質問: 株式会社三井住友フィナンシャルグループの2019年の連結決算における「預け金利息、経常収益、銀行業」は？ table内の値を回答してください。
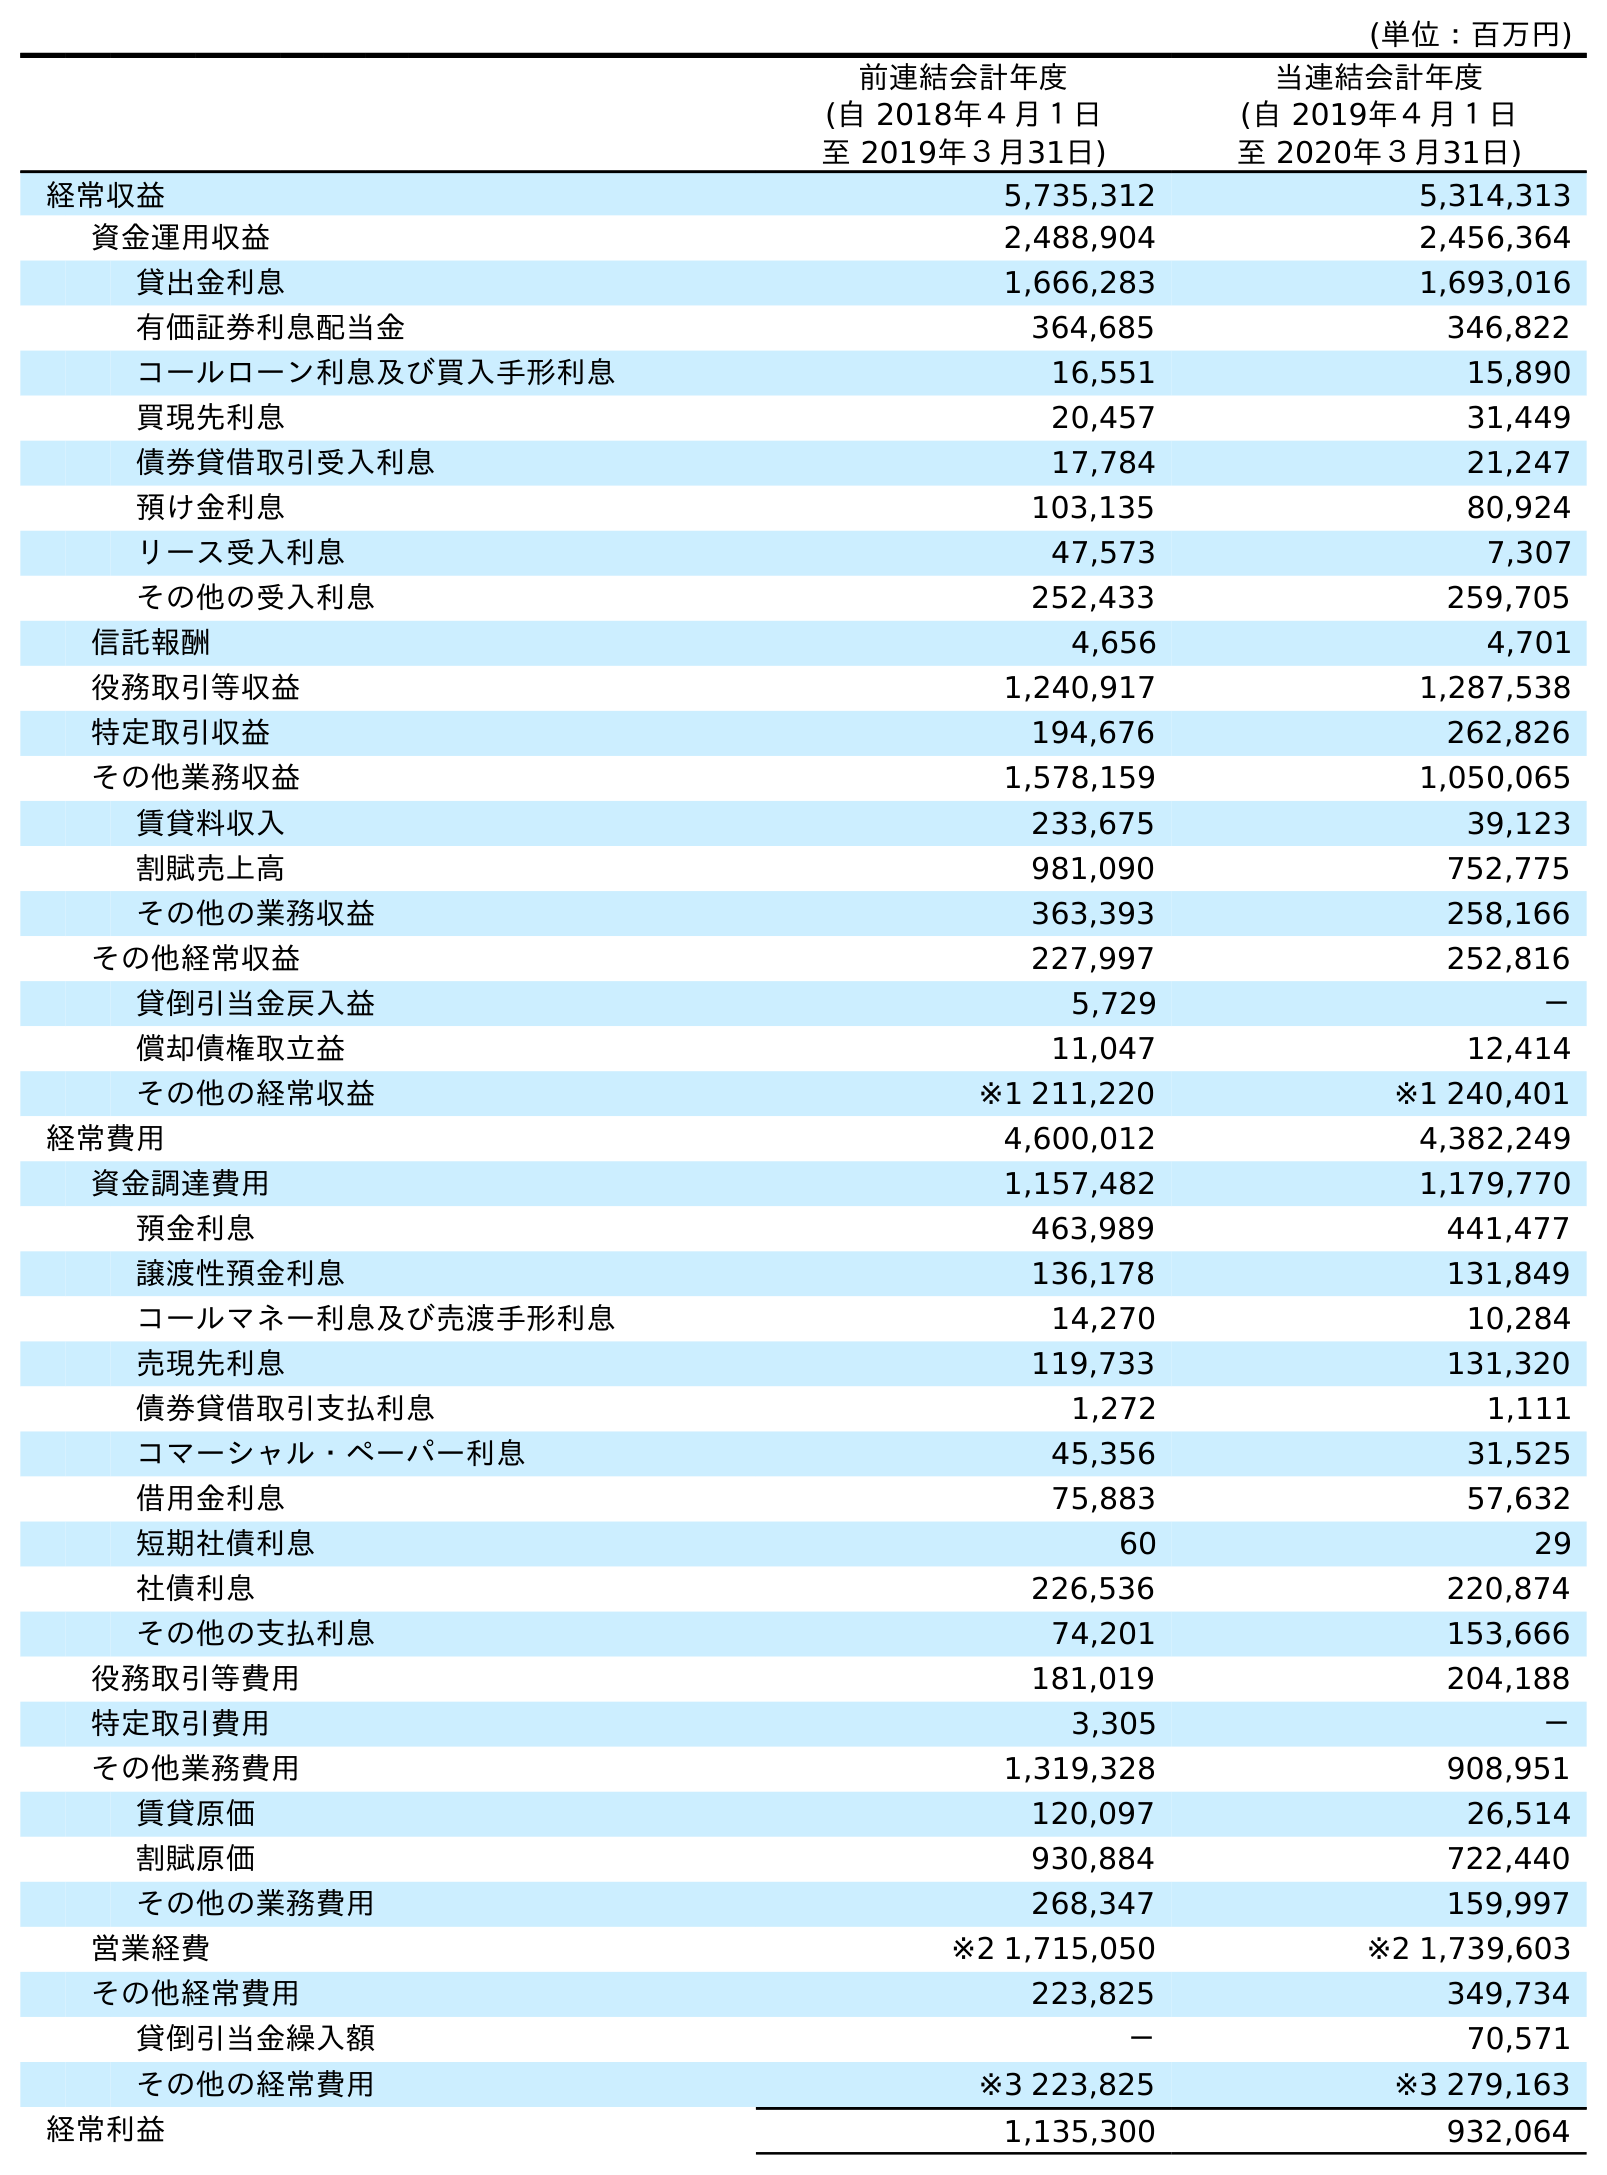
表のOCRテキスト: (単位：百万円) 前連結会計年度 (自 2018年４月１日 至 2019年３月31日) 当連結会計年度 (自 2019年４月１日 至 2020年３月31日) 経常収益 5,735,312 5,314,313 資金運用収益 2,488,904 2,456,364 貸出金利息 1,666,283 1,693,016 有価証券利息配当金 364,685 346,822 コールローン利息及び買入手形利息 16,551 15,890 買現先利息 20,457 31,449 債券貸借取引受入利息 17,784 21,247 預け金利息 103,135 80,924 リース受入利息 47,573 7,307 その他の受入利息 252,433 259,705 信託報酬 4,656 4,701 役務取引等収益 1,240,917 1,287,538 特定取引収益 194,676 262,826 その他業務収益 1,578,159 1,050,065 賃貸料収入 233,675 39,123 割賦売上高 981,090 752,775 その他の業務収益 363,393 258,166 その他経常収益 227,997 252,816 貸倒引当金戻入益 5,729 － 償却債権取立益 11,047 12,414 その他の経常収益 ※1 211,220 ※1 240,401 経常費用 4,600,012 4,382,249 資金調達費用 1,157,482 1,179,770 預金利息 463,989 441,477 譲渡性預金利息 136,178 131,849 コールマネー利息及び売渡手形利息 14,270 10,284 売現先利息 119,733 131,320 債券貸借取引支払利息 1,272 1,111 コマーシャル・ペーパー利息 45,356 31,525 借用金利息 75,883 57,632 短期社債利息 60 29 社債利息 226,536 220,874 その他の支払利息 74,201 153,666 役務取引等費用 181,019 204,188 特定取引費用 3,305 － その他業務費用 1,319,328 908,951 賃貸原価 120,097 26,514 割賦原価 930,884 722,440 その他の業務費用 268,347 159,997 営業経費 ※2 1,715,050 ※2 1,739,603 その他経常費用 223,825 349,734 貸倒引当金繰入額 － 70,571 その他の経常費用 ※3 223,825 ※3 279,163 経常利益 1,135,300 932,064
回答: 103,135